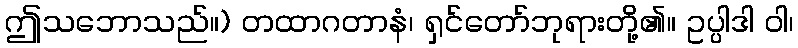
ဤသဘောသည်။) တထာဂတာနံ၊ ရှင်တော်ဘုရားတို့၏။ ဥပ္ပါဒါ ဝါ၊